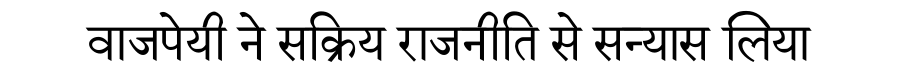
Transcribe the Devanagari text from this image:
वाजपेयी ने सक्रिय राजनीति से सन्यास लिया